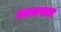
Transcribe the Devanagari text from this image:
कल्यपाल